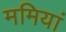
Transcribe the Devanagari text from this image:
ममियां